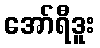
အော်ရီဒူး